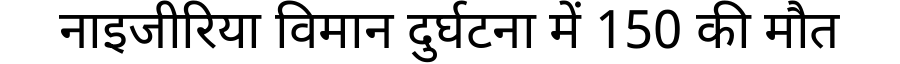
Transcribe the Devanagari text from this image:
नाइजीरिया विमान दुर्घटना में 150 की मौत